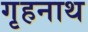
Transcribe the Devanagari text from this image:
गृहनाथ